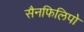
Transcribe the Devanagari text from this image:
सैनफिलिपो